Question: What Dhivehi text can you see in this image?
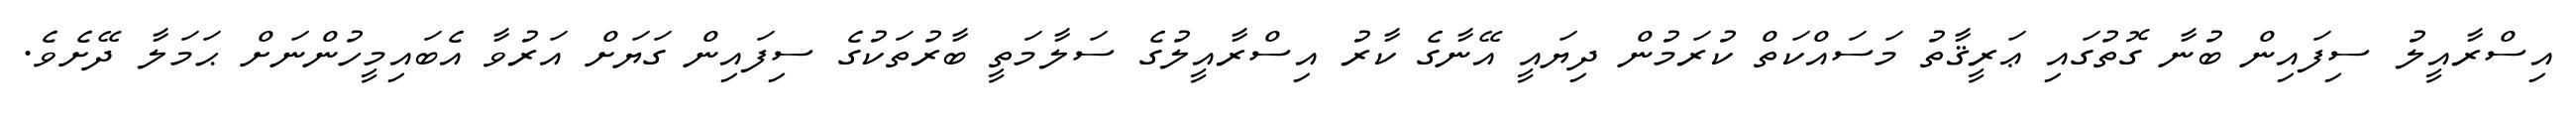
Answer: އިސްރާއީލު ސިފައިން ބުނާ ގޮތުގައި ޢަރީޤާތު މަސައްކަތް ކުރަމުން ދިޔައީ އޭނާގެ ކާރު އިސްރާއީލުގެ ސަލާމަތީ ބާރުތަކުގެ ސިފައިން ގަޔަށް އަރުވާ އެބައިމީހުންނަށް ޙަމަލާ ދޭށެވެ.